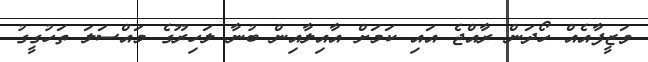
ވަޒީފާއެއް ހޯދަން ރާއްޖެ އައި ކަމަށް އާއިލާއިން ބުނާ ލަހިރޫގެ މައްސަލަ ތަހުގީގު